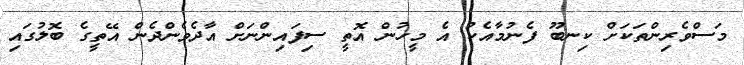
މަސްވެރިންތަކަށް ކިނބޫ ފެނުމާއެކު އެ މީހުން އޮތީ ސިފައިންނަށް އާދެވެންދެން އޭތީގެ ބޮލުގައި